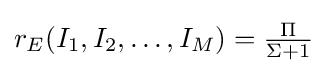
{\textstyle r_{E}(I_{1},I_{2},\ldots ,I_{M})={\frac {\Pi }{\Sigma +1}}}